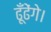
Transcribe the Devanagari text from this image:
ढूँढेंगे।